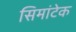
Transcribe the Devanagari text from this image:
सिमांटेक